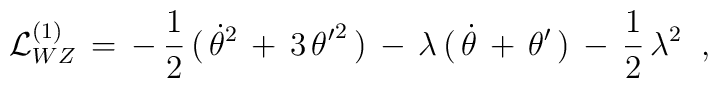
{\cal L}_{WZ}^{(1)}\,=\,-\,{\frac{1}{2}}\,(\,\dot{\theta}^{2}\,+\,3\,{\theta^{\prime }}^{2}\,)\,-\,\lambda \,(\,\dot{\theta}\,+\,\theta ^{\prime}\,)\,-\,{\frac{1}{2}}\,\lambda ^{2}\;\;,